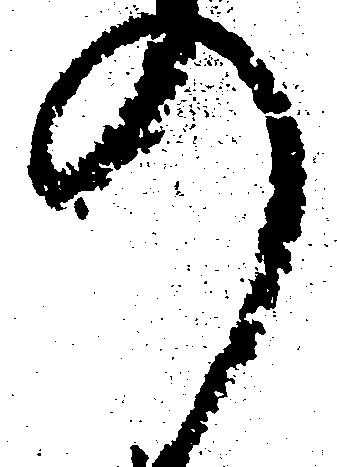
の